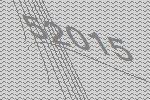
52015